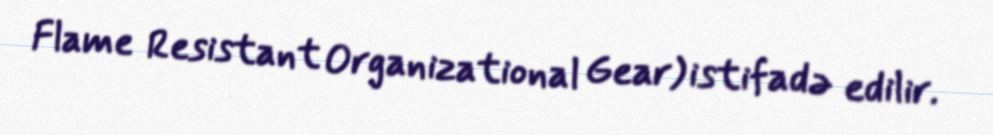
Flame Resistant Organizational Gear) istifadə edilir.